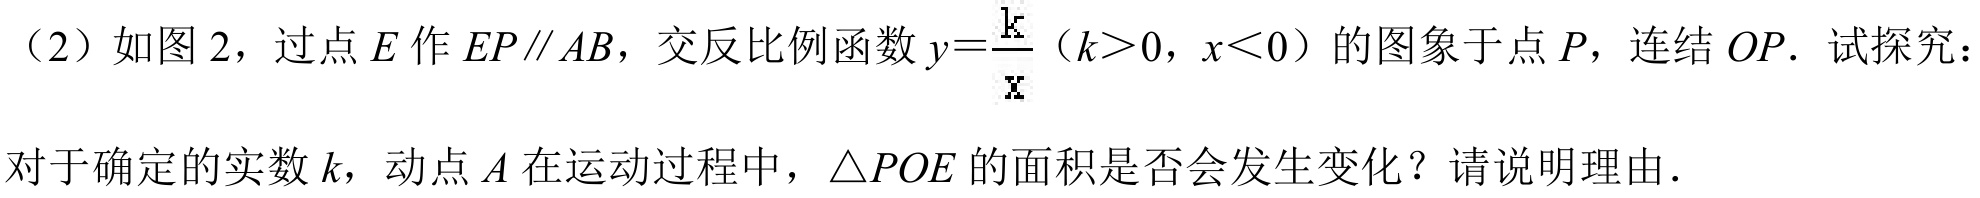
(2) 如图 2，过点 \(E\) 作 \(EP\parallel AB\)，交反比例函数 \(y = \frac{k}{x}\)（\(k>0\)，\(x<0\)）的图象于点 \(P\)，连结 \(OP\). 试探究：

对于确定的实数 \(k\)，动点 \(A\) 在运动过程中，\(\triangle POE\) 的面积是否会发生变化？请说明理由.